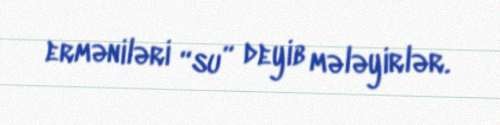
erməniləri “su” deyib mələyirlər.